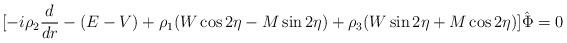
LaTeX: \begin{align*}\lbrack-i\rho_2{d\over dr}-(E-V)+\rho_1(W\cos 2\eta-M\sin 2\eta)+\rho_3(W\sin 2\eta+M\cos 2\eta)\rbrack\hat\Phi=0\end{align*}